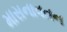
માસનાવતન